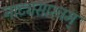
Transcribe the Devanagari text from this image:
नाट्यसास्त्रम्